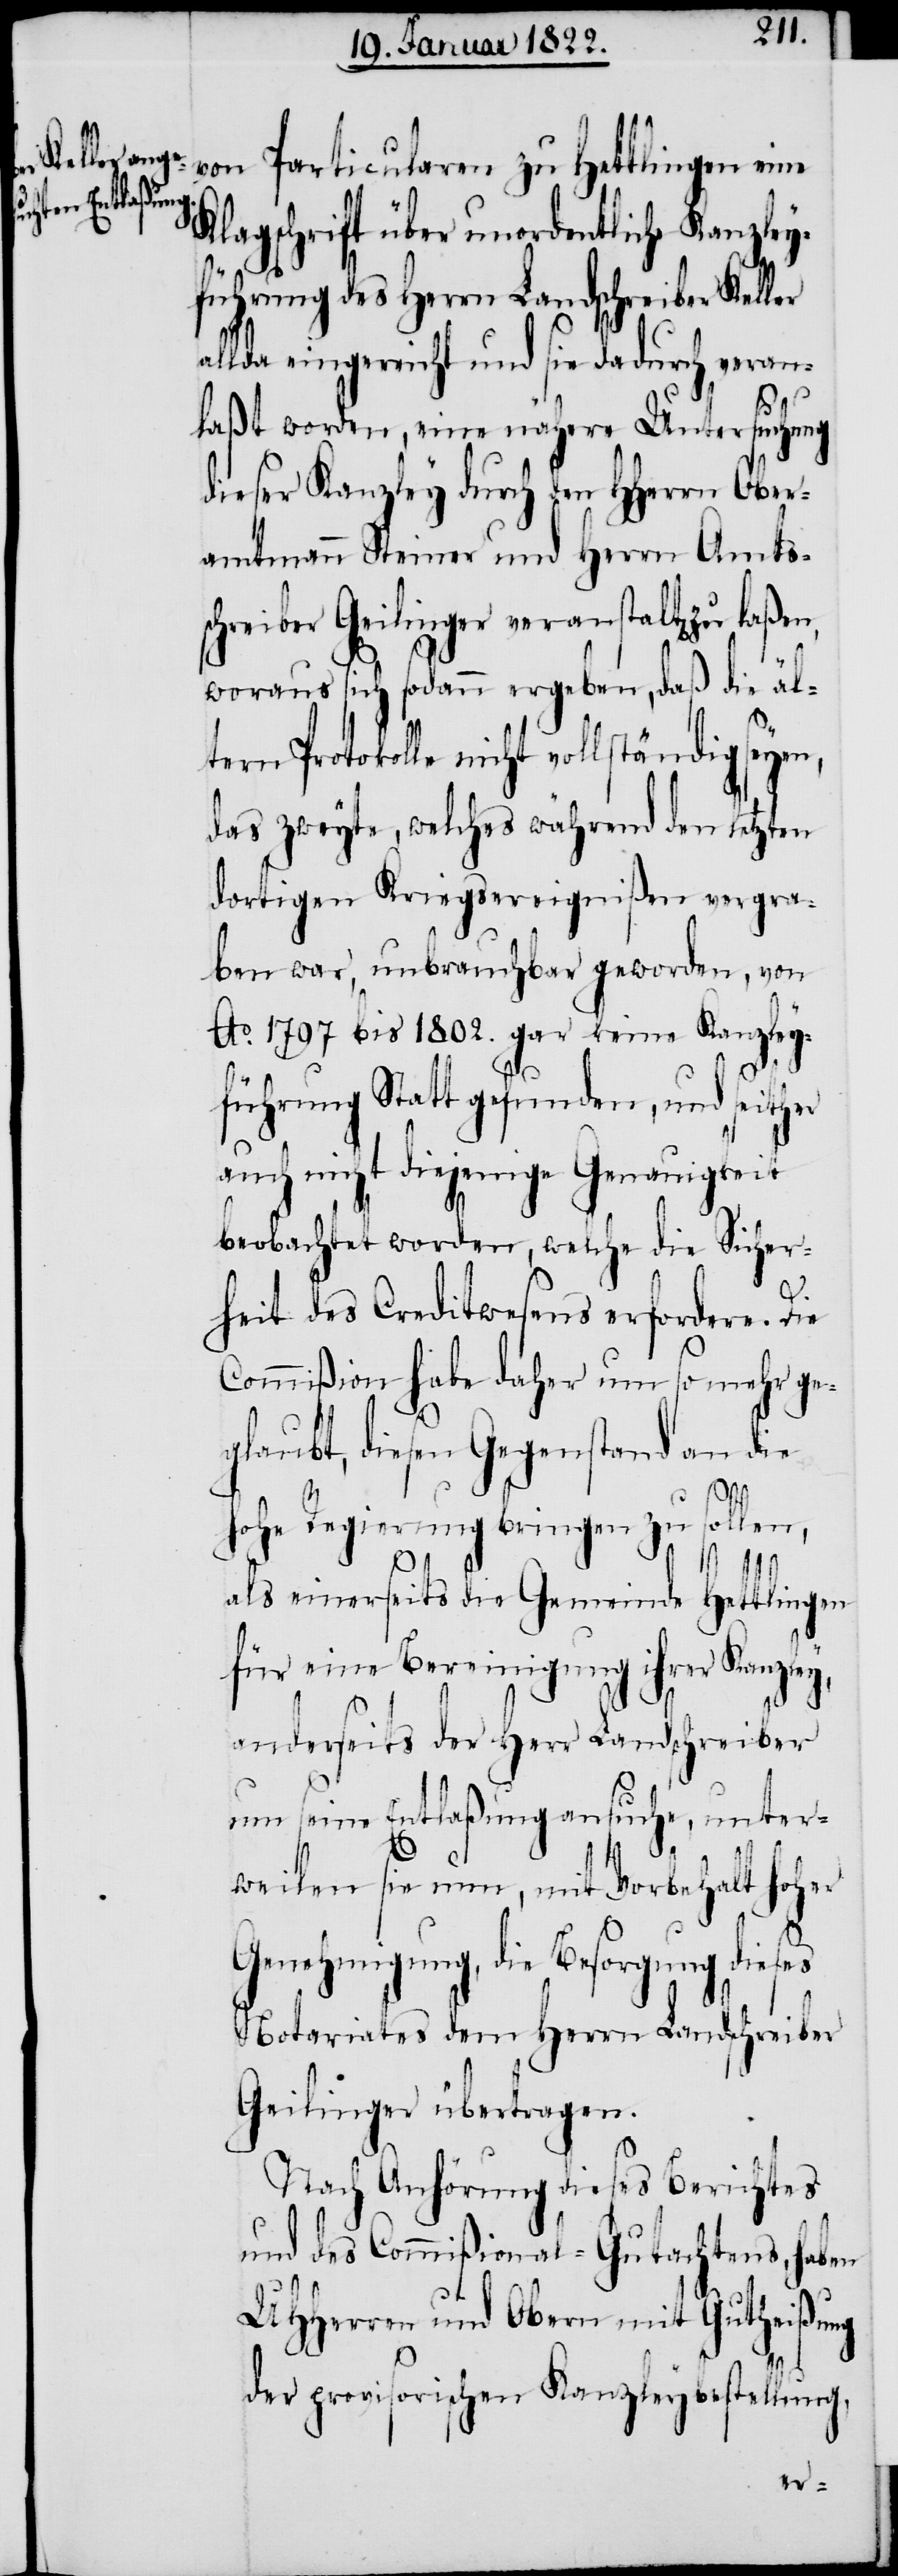
zu laßen,

von Particularen zu Hettlingen eine
Klagschrift über unordentliche Kanzley¬
führung des Herrn Landschreiber Kel¬
allda eingereicht und sie dadurch veran¬
ler
laßt worden, eine nähere Untersuchung
dieser Kanzley durch den HHerrn Ober¬
amtmann Steiner und Herrn Amts¬
schreiber Geilinger veranstalt[en]
woraus sich sodann ergeben, daß die ält¬
Protokolle nicht vollständig seye¬
das zweyte, welches während den letzten
dortigen Kriegsereignißen vergra¬
ben war, unbrauchbar geworden, von
Ao. 1797. bis 1802. gar keine Kanzley¬
führung Statt gefunden, und seither
auch nicht diejenige Genauigkeit
beobachtet worden, welche die Sicher¬
heit des Creditwesens erfordere. Die
Commißion habe daher um so mehr ge¬
glaubt, diesen Gegenstand an die
hohe Regierung bringen zu sollen,
als einerseits die Gemeinde Hettlingen
für eine Bereinigung ihrer Kanzley,
anderseits der Herr Landschreiber
um seine Entlaßung ansuche, unter¬
n,
weilen sie nun, mit Vorbehalt hoher
Genehmigung, die Besorgung dieses
Notariates dem Herrn Landschreiber
Geilinger übertragen.
Nach Anhörung dieses Berichtes
und des Commißional-Gutachtens, haben
UHHerren und Obern mit Gutheißung
der provisorischen Kanzleybestellung,
ern